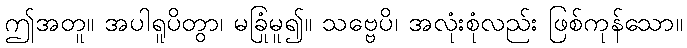
ဤအတူ။ အပါရူပိတွာ၊ မခြုံမူ၍။ သဗ္ဗေပိ၊ အလုံးစုံလည်း ဖြစ်ကုန်သော။